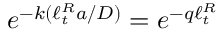
e ^ { - k ( \ell _ { t } ^ { R } a / D ) } = e ^ { - q \ell _ { t } ^ { R } }